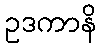
ဥဒကာနိ